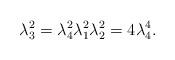
LaTeX: \begin{align*}\lambda_3^2=\lambda_4^2\lambda_1^2\lambda_2^2=4\lambda_4^4.\end{align*}